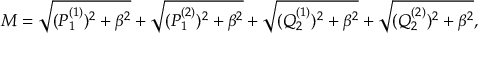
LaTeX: M = \sqrt { ( P _ { 1 } ^ { ( 1 ) } ) ^ { 2 } + \beta ^ { 2 } } + \sqrt { ( P _ { 1 } ^ { ( 2 ) } ) ^ { 2 } + \beta ^ { 2 } } + \sqrt { ( Q _ { 2 } ^ { ( 1 ) } ) ^ { 2 } + \beta ^ { 2 } } + \sqrt { ( Q _ { 2 } ^ { ( 2 ) } ) ^ { 2 } + \beta ^ { 2 } } ,